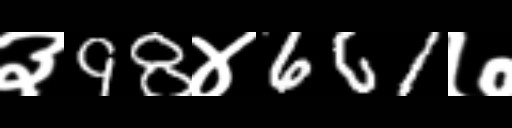
Text: ३98४661७